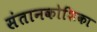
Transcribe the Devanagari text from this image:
संतानकोशिका